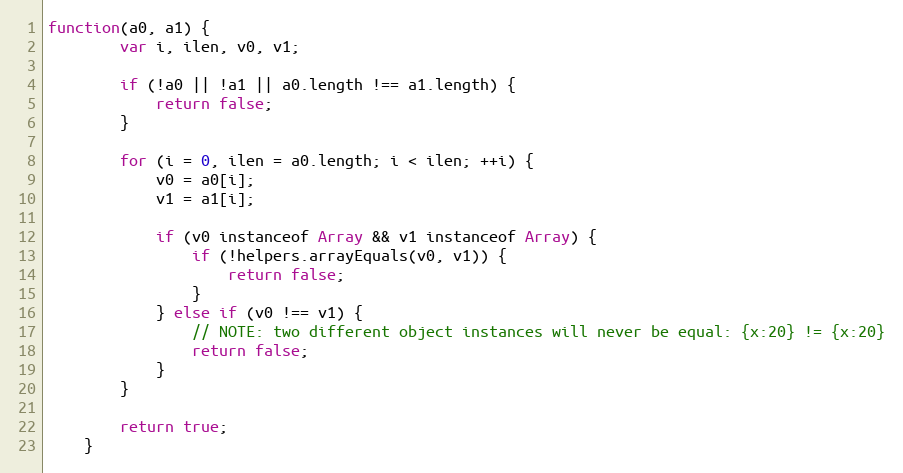
Language: JavaScript
function(a0, a1) {
		var i, ilen, v0, v1;

		if (!a0 || !a1 || a0.length !== a1.length) {
			return false;
		}

		for (i = 0, ilen = a0.length; i < ilen; ++i) {
			v0 = a0[i];
			v1 = a1[i];

			if (v0 instanceof Array && v1 instanceof Array) {
				if (!helpers.arrayEquals(v0, v1)) {
					return false;
				}
			} else if (v0 !== v1) {
				// NOTE: two different object instances will never be equal: {x:20} != {x:20}
				return false;
			}
		}

		return true;
	}